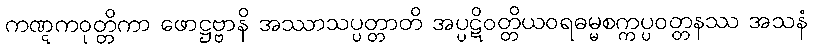
ကဏ္ဋကဝုတ္တိကာ ဖောဋ္ဌဗ္ဗာနိ အဿာသပ္ပတ္တာတိ အပ္ပဋိဝတ္တိယဝရဓမ္မစက္ကပ္ပဝတ္တနဿ အသနံ